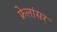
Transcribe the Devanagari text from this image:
फ्रेलांसर